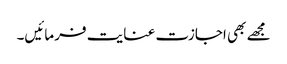
مجھے بھی اجازت عنایت فرمائیں۔